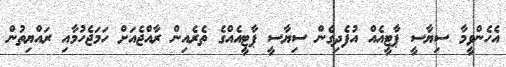
އެހެންވީމާ ސިޔާސީ ޕާޓީއެއް އުފެދިގެން ސިޔާސީ ޕާޓީއެއްގެ ތެރެއިން ރާއްޖެއަށް ހަމަޖެހުމާއި ރައްޔިތުން